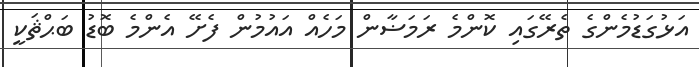
އަޅުގަޑުމެންގެ ތެރޭގައި ކޮންމެ ރަމަޟާން މަހެއް އައުމުން ފެށޭ އެންމެ ބޮޑު ބަޙްޘަކީ